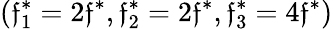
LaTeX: (\mathfrak{f}_{1}^{*}=2\mathfrak{f}^{*},\mathfrak{f}_{2}^{*}=2\mathfrak{f}^{*},\mathfrak{f}_{3}^{*}=4\mathfrak{f}^{*})